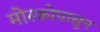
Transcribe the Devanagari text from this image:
मोस्कोपासून